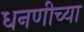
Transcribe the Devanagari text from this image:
धनणीच्या